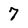
Character: 7